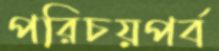
পরিচয়পর্ব